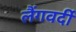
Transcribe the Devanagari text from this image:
लैंगवर्दी